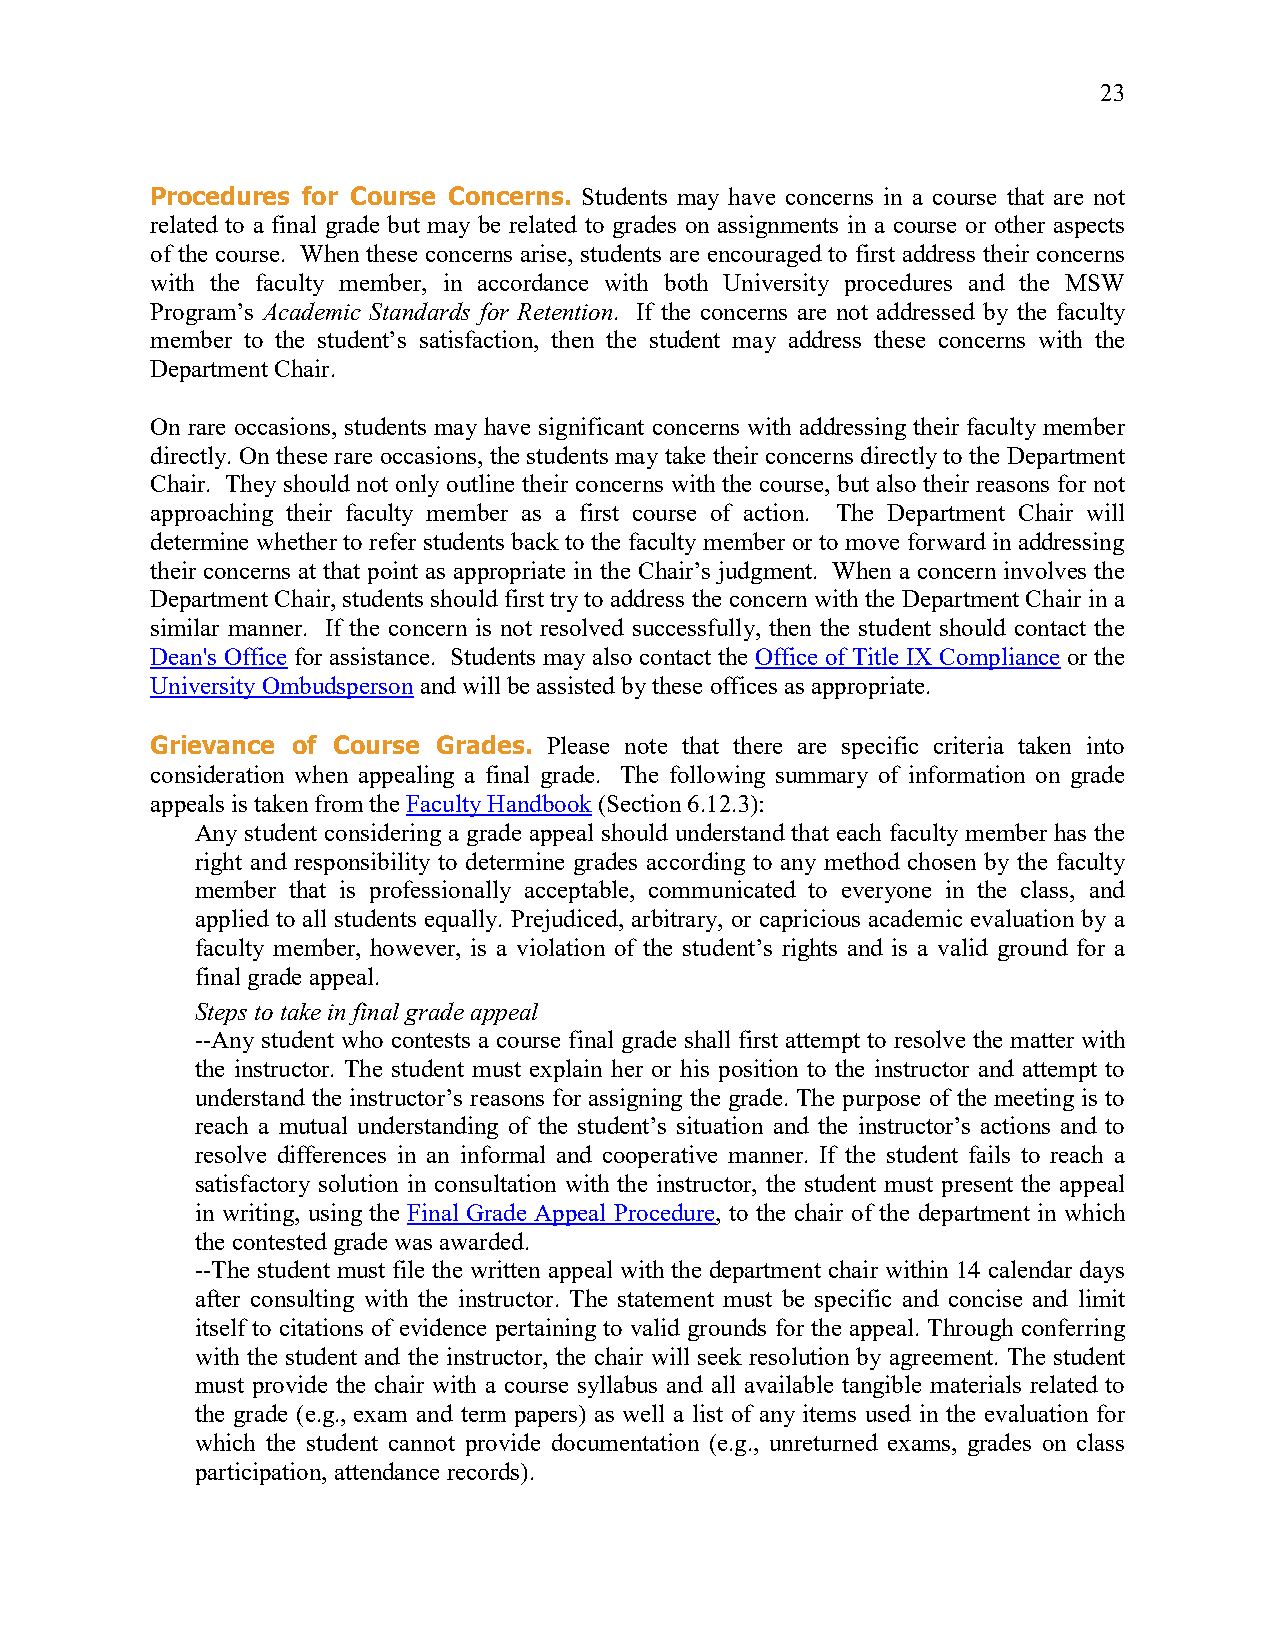
23
 Procedures for Course Concerns. Students may have concerns in a course that are not
 related to a final grade but may be related to grades on assignments in a course or other aspects
 of the course. When these concerns arise, students are encouraged to first address their concerns
 with the faculty member, in accordance with both University procedures and the MSW
 Program’s Academic Standards for Retention. If the concerns are not addressed by the faculty
 member to the student’s satisfaction, then the student may address these concerns with the
 Department Chair.
 On rare occasions, students may have significant concerns with addressing their faculty member
 directly. On these rare occasions, the students may take their concerns directly to the Department
 Chair. They should not only outline their concerns with the course, but also their reasons for not
 approaching their faculty member as a first course of action. The Department Chair will
 determine whether to refer students back to the faculty member or to move forward in addressing
 their concerns at that point as appropriate in the Chair’s judgment. When a concern involves the
 Department Chair, students should first try to address the concern with the Department Chair in a
 similar manner. If the concern is not resolved successfully, then the student should contact the
 Dean's Office for assistance. Students may also contact the Office of Title IX Compliance or the
 University Ombudsperson and will be assisted by these offices as appropriate.
 Grievance of Course Grades. Please note that there are specific criteria taken into
 consideration when appealing a final grade. The following summary of information on grade
 appeals is taken from the Faculty Handbook (Section 6.12.3):
 Any student considering a grade appeal should understand that each faculty member has the
 right and responsibility to determine grades according to any method chosen by the faculty
 member that is professionally acceptable, communicated to everyone in the class, and
 applied to all students equally. Prejudiced, arbitrary, or capricious academic evaluation by a
 faculty member, however, is a violation of the student’s rights and is a valid ground for a
 final grade appeal.
 Steps to take in final grade appeal
 --Any student who contests a course final grade shall first attempt to resolve the matter with
 the instructor. The student must explain her or his position to the instructor and attempt to
 understand the instructor’s reasons for assigning the grade. The purpose of the meeting is to
 reach a mutual understanding of the student’s situation and the instructor’s actions and to
 resolve differences in an informal and cooperative manner. If the student fails to reach a
 satisfactory solution in consultation with the instructor, the student must present the appeal
 in writing, using the Final Grade Appeal Procedure, to the chair of the department in which
 the contested grade was awarded.
 --The student must file the written appeal with the department chair within 14 calendar days
 after consulting with the instructor. The statement must be specific and concise and limit
 itself to citations of evidence pertaining to valid grounds for the appeal. Through conferring
 with the student and the instructor, the chair will seek resolution by agreement. The student
 must provide the chair with a course syllabus and all available tangible materials related to
 the grade (e.g., exam and term papers) as well a list of any items used in the evaluation for
 which the student cannot provide documentation (e.g., unreturned exams, grades on class
 participation, attendance records).